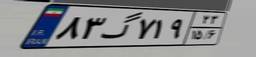
۸۳گ۷۱۹۲۳